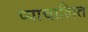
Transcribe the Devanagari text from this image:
प्याचालित